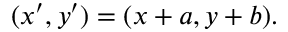
( x ^ { \prime } , y ^ { \prime } ) = ( x + a , y + b ) .